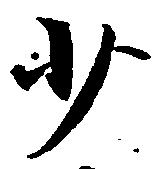
少